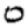
Digit: 0